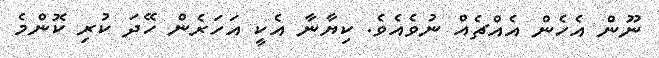
ނޫން އެހެން އެއްޗެއް ނުވެއެވެ. ކިޔާނާ އެކީ އަހަރެން ހޭދަ ކުރި ކޮންމެ